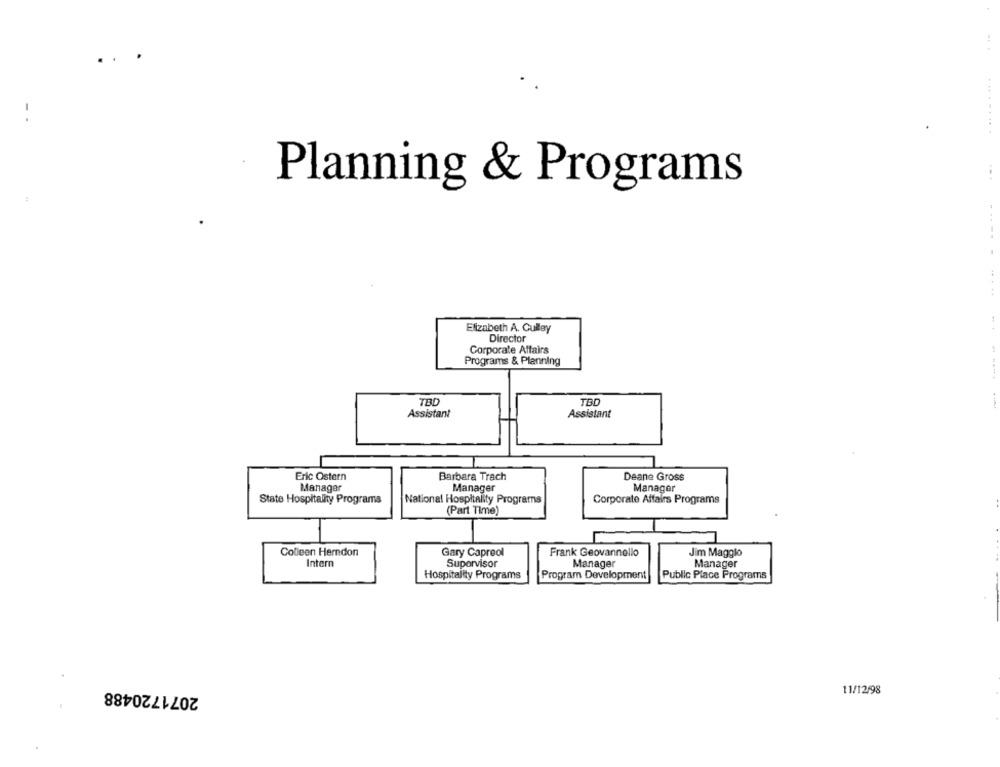
..
...
Planning & Programs
------
.....
Elizabeth A. Culley
Director
Corporate Affairs
Programs & Planning
-.....
TBD
TBD
Assistant
Assistant
Eric Ostern
Deane Gross
Barbara Trach
Manager
Manager
Manager
State Hospitality Programs
National Hospitality Programs
Corporate Affairs Programs
(Part Time)
Colleen Herndon
Gary Capreol
Frank Geovannello
Jim Maggio
Intern
Supervisor
Manager
Manager
Hospitality Programs
Program Development
Public Place Programs
2071720488
11/12/98